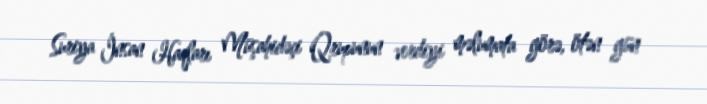
Suriya İnsan Haqları Müşahidəçi Qrupunun verdiyi məlumata görə, ötən gün